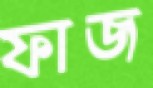
ফাজ